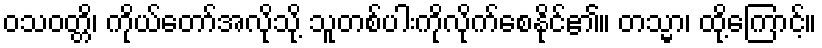
ဝသဝတ္တိ၊ ကိုယ်တော်အလိုသို့ သူတစ်ပါးကိုလိုက်စေနိုင်၏။ တသ္မာ၊ ထို့ကြောင့်။